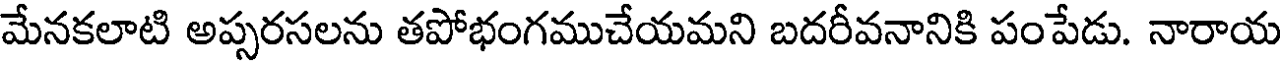
మేనకలాటి అప్పరసలను తపోభంగముచేయమని బదరీవనానికి పంపేడు. నారాయ